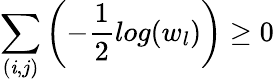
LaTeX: \sum_{(\mathit{i},j)}\left(-\frac{{1}}{{2}}log(w_{l})\right)\geq0